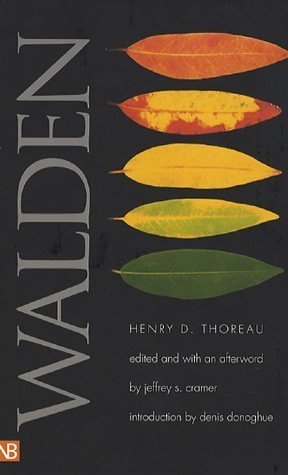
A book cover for Walden (Yale Nota Bene); Henry D. Thoreau; Science & Math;